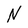
Character: N